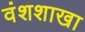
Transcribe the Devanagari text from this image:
वंशशाखा